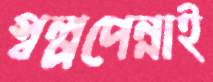
স্বল্পপেন্নাই